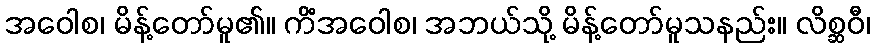
အဝေါစ၊ မိန့်တော်မူ၏။ ကိံအဝေါစ၊ အဘယ်သို့ မိန့်တော်မူသနည်း။ လိစ္ဆဝီ၊